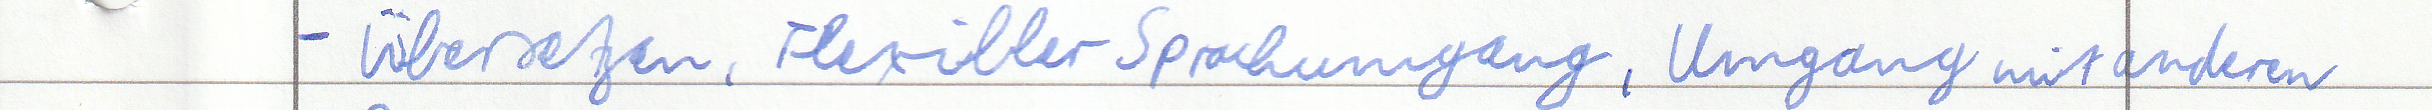
- Übersetzen, Flexibler Sprachumgang, Umgang mit anderen